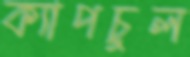
ক্যাপচুল